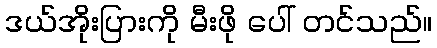
ဒယ်အိုးပြားကို မီးဖို ပေါ် တင်သည်။